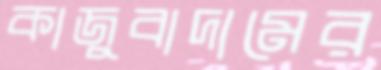
কাজুবাদামের